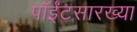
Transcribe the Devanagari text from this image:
पॉईंटसारख्या